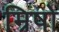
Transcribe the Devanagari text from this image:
म्रिषो